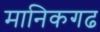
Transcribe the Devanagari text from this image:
मानिकगढ